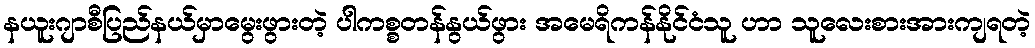
နယူးဂျာစီပြည်နယ်မှာမွေးဖွားတဲ့ ပါကစ္စတန်နွယ်ဖွား အမေရိကန်နိုင်ငံသူ ဟာ သူလေးစားအားကျရတဲ့